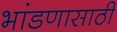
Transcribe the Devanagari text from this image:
भांडणासाठी